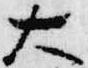
大